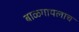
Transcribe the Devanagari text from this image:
बाळगायलाच